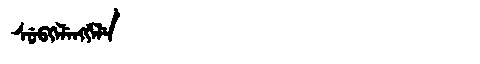
Manchu: ᠰᡠᠪᡴᡝᠯᡝᠩᡤᡝᠯᡝ
Romanization: SUBKELENGGELE